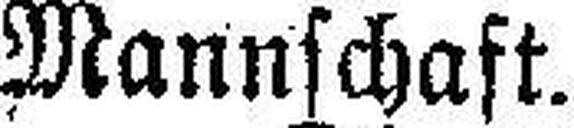
Mannschaft.